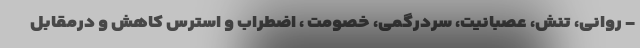
- روانی، تنش، عصبانیت، سردرگمی، خصومت ، اضطراب و استرس کاهش و درمقابل